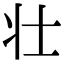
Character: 壮